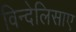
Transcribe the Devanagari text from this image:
विन्देलिसाए